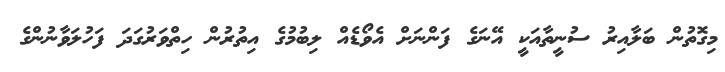
މިގޮތުން ބަލާއިރު ސުނީތާއަކީ އޭނަގެ ފަންނަށް އެވޯޑެއް ލިބުމުގެ އިތުރުން ހިތްވަރުގަދަ ފަހުލަވާނުންގެ